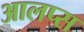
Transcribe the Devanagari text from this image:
आलप्स